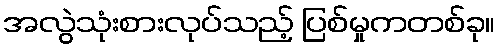
အလွဲသုံးစားလုပ်သည့် ပြစ်မှုကတစ်ခု။